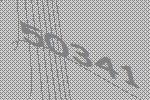
50341